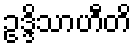
ဥဒ္ဒိသာဟီတိ